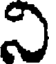
ని